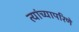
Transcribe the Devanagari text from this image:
त्यांच्यापरिणे